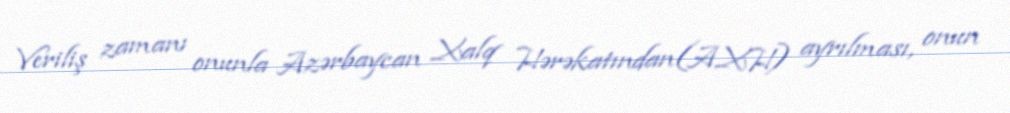
Veriliş zamanı onunla Azərbaycan Xalq Hərəkatından(AXH) ayrılması, onun